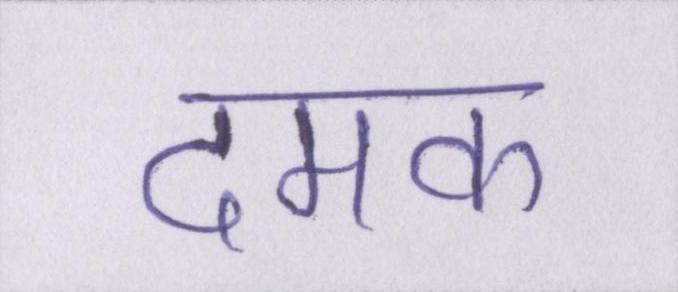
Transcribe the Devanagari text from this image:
दमक